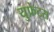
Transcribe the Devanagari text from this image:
युफ्रेट्स